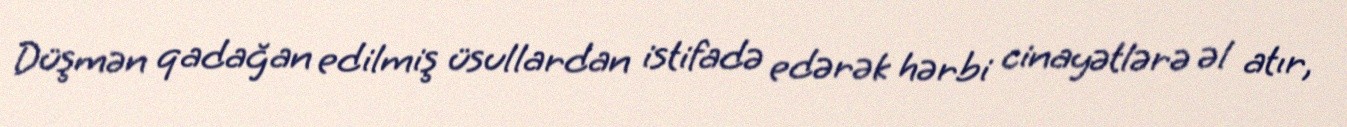
Düşmən qadağan edilmiş üsullardan istifadə edərək hərbi cinayətlərə əl atır,